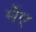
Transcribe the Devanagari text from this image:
मेंए